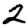
Digit: 2